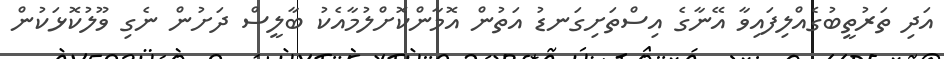
އަދި ތަރުތީބުގެއްލިފައިވާ އޭނާގެ އިސްތަށިގަނޑު އަތުން އޮމާންކޮށްލުމާއެކު ބާލީސް ދަށުން ނެގި ވޫލުކޮޅަކުން